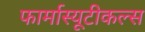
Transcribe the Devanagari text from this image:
फार्मास्यूटीकल्स